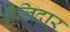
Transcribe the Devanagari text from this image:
शैलिदार